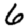
Digit: 6